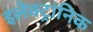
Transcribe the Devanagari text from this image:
इलेक्ट्रांनिक